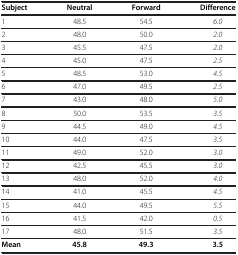
| Subject | Neutral | Forward | Difference |
 | --- | --- | --- | --- |
 | 1 | 48.5 | 54.5 | 6.0 |
 | 2 | 48.0 | 50.0 | 2.0 |
 | 3 | 45.5 | 47.5 | 2.0 |
 | 4 | 45.0 | 47.5 | 2.5 |
 | 5 | 48.5 | 53.0 | 4.5 |
 | 6 | 47.0 | 49.5 | 2.5 |
 | 7 | 43.0 | 48.0 | 5.0 |
 | 8 | 50.0 | 53.5 | 3.5 |
 | 9 | 44.5 | 49.0 | 4.5 |
 | 10 | 44.0 | 47.5 | 3.5 |
 | 11 | 49.0 | 52.0 | 3.0 |
 | 12 | 42.5 | 45.5 | 3.0 |
 | 13 | 48.0 | 52.0 | 4.0 |
 | 14 | 41.0 | 45.5 | 4.5 |
 | 15 | 44.0 | 49.5 | 5.5 |
 | 16 | 41.5 | 42.0 | 0.5 |
 | 17 | 48.0 | 51.5 | 3.5 |
 | Mean | 45.8 | 49.3 | 3.5 |